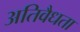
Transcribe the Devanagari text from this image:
अतिवैधता